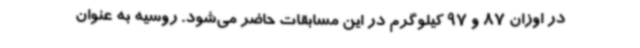
در اوزان 87 و 97 کیلوگرم در این مسابقات حاضر می‌شود. روسیه به عنوان